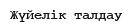
Жүйелік талдау